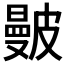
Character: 𥀗